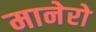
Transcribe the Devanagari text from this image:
मानेरो